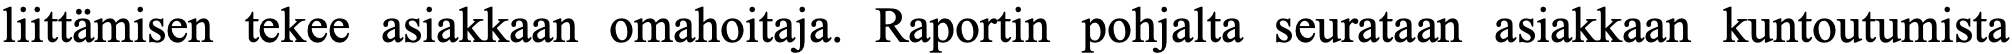
liittämisen tekee asiakkaan omahoitaja. Raportin pohjalta seurataan asiakkaan kuntoutumista